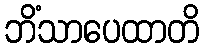
ဘိံသာပေထာတိ